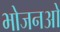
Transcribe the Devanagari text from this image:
भोजनओ